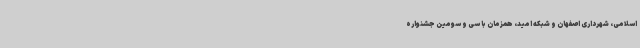
اسلامی، شهرداری اصفهان و شبکه امید، همزمان با سی و سومین جشنواره